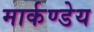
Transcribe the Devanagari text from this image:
मार्कण्‍डेय